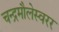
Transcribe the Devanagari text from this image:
चन्द्रमौलेस्वरर